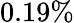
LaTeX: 0.19\%